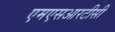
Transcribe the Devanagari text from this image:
एमएसआरटीसी